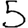
Digit: 5